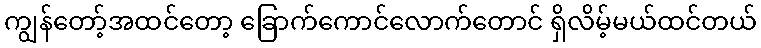
ကျွန်တော့်အထင်တော့ ခြောက်ကောင်လောက်တောင် ရှိလိမ့်မယ်ထင်တယ်